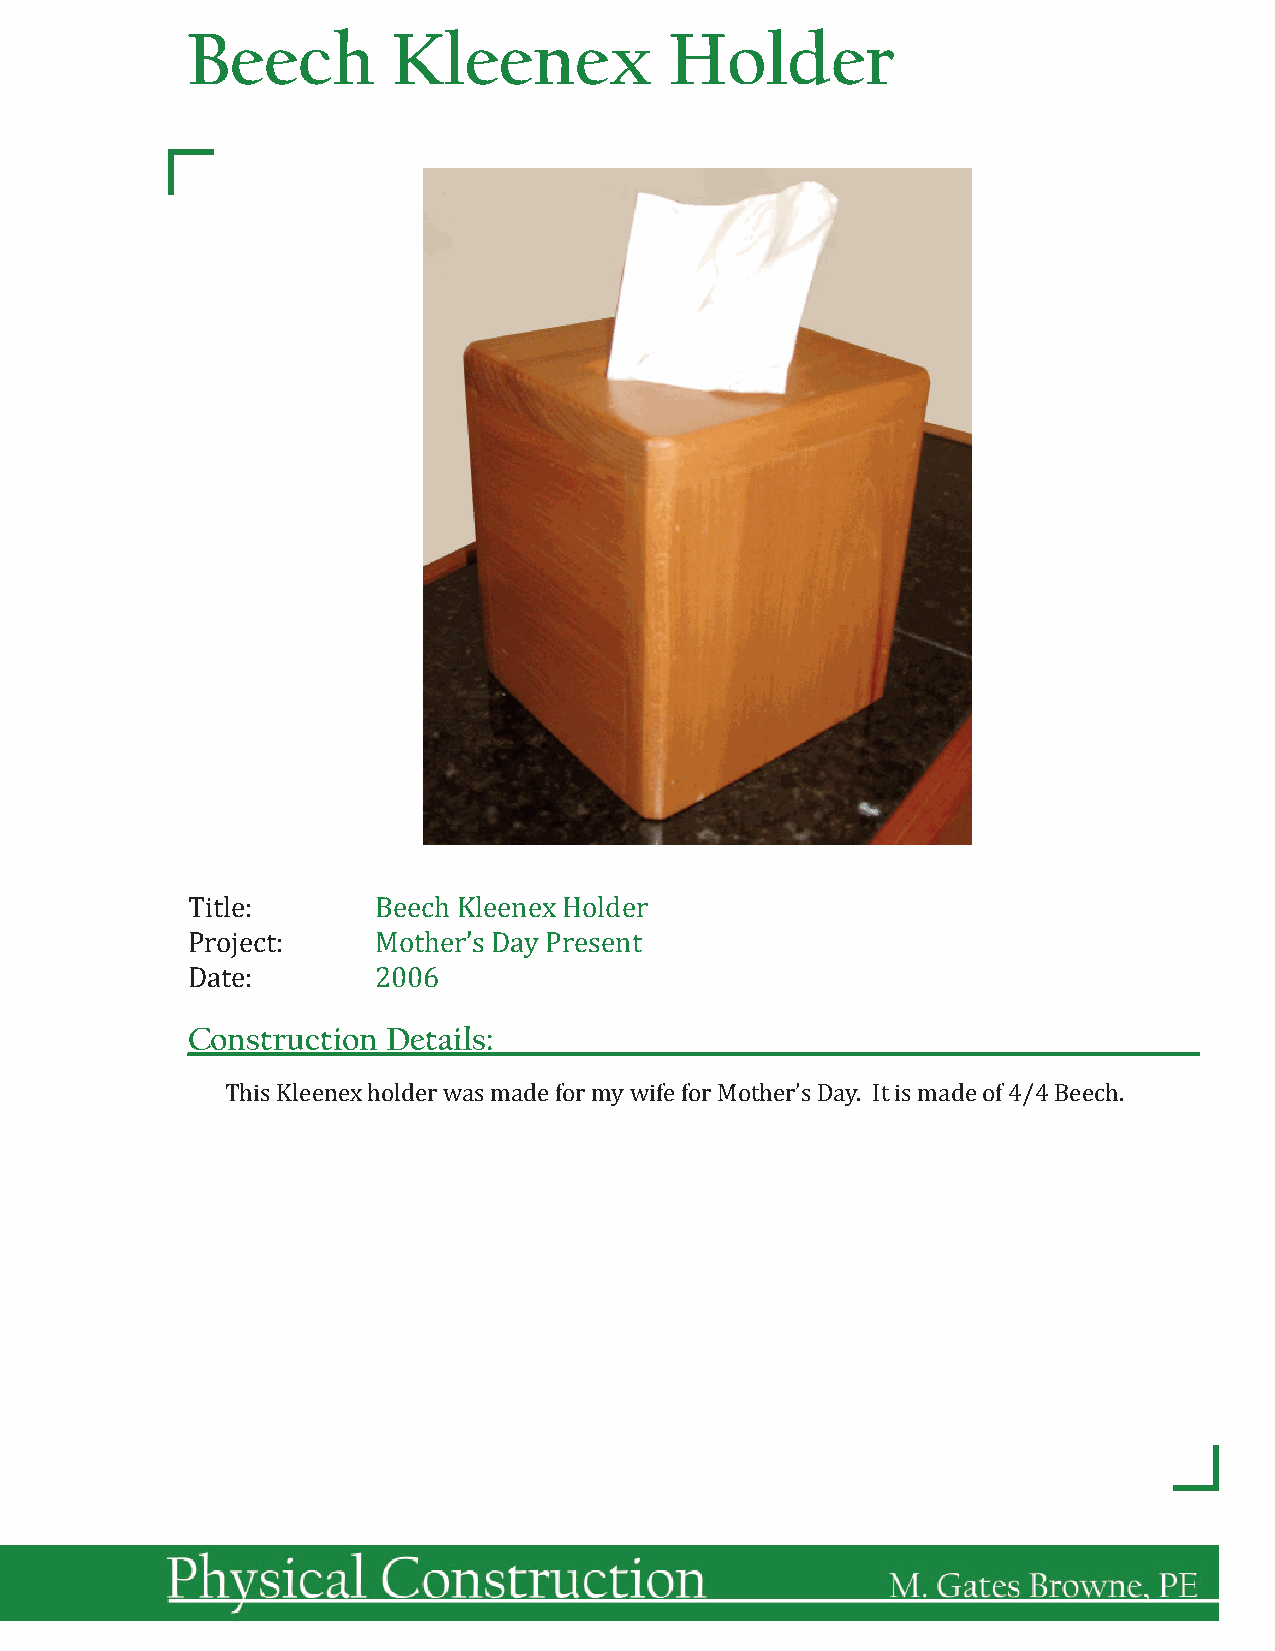
Beech         Kleenex           Holder
 Title:       Beech Kleenex Holder
 Project:     Mother’s Day Present
 Date:        2006
 Construction  Details:
 This Kleenex holder was made for my wife for Mother’s Day. It is made of 4/4 Beech.